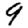
Digit: 9